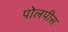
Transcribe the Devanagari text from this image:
पोलपीस